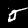
Label: 5